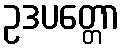
ဥဒပတ္တော